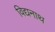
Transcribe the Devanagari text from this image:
विद्यनाथ